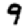
Digit: 9